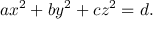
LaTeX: a x ^ { 2 } + b y ^ { 2 } + c z ^ { 2 } = d .